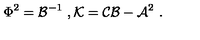
\Phi ^ { 2 } = { \cal B } ^ { - 1 } \ , { \cal K } = { \cal C } { \cal B } - { \cal A } ^ { 2 } \ .